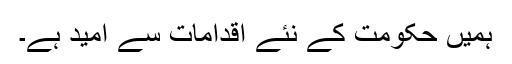
ہمیں حکومت کے نئے اقدامات سے امید ہے۔